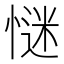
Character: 𢞞